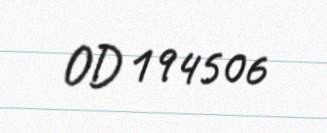
OD 194506